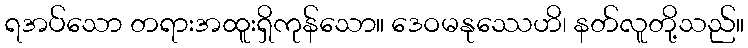
ရအပ်သော တရားအထူးရှိကုန်သော။ ဒေဝမနုဿေဟိ၊ နတ်လူတို့သည်။